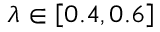
\lambda \in \left[ 0 . 4 , 0 . 6 \right]